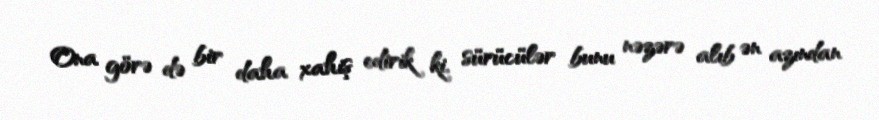
Ona görə də bir daha xahiş edirik ki, sürücülər bunu nəzərə alıb ən azından